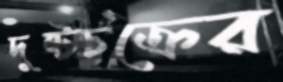
দুষ্টচক্রের